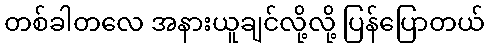
တစ်ခါတလေ အနားယူချင်လို့လို့ ပြန်ပြောတယ်